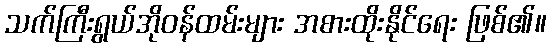
သက်ကြီးရွယ်အိုဝန်ထမ်းများ အစားထိုးနိုင်ရေး ဖြစ်၏။